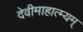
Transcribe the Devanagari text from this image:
देवीमाहात्म्यम्